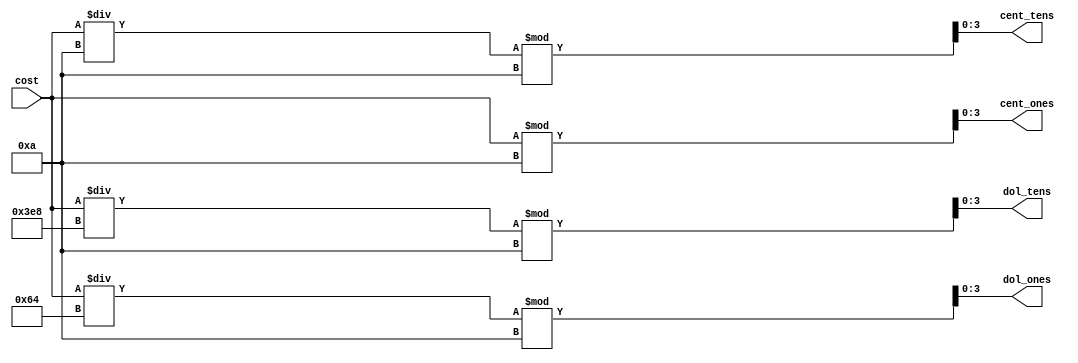
`timescale 1ns / 1ps
//////////////////////////////////////////////////////////////////////////////////
// Company: 
// Engineer: 
// 
// Design Name: 
// Module Name:    cost_display 
// Project Name: 
// Target Devices: 
// Tool versions: 
// Description: 
//
// Dependencies: 
//
// Revision: 
// Revision 0.01 - File Created
// Additional Comments: 
//
//////////////////////////////////////////////////////////////////////////////////
module cost_display(
    input [13:0] cost,
    output [3:0] dol_tens,
    output [3:0] dol_ones,
    output [3:0] cent_tens,
    output [3:0] cent_ones
    );

	assign dol_tens = (cost / 1000) % 10;

	assign dol_ones = (cost / 100) % 10;

	assign cent_tens = (cost / 10) % 10;

	assign cent_ones = cost % 10;

endmodule